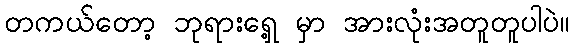
တကယ်တော့ ဘုရားရှေ့ မှာ အားလုံးအတူတူပါပဲ။